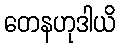
တေနဟုဒါယိ